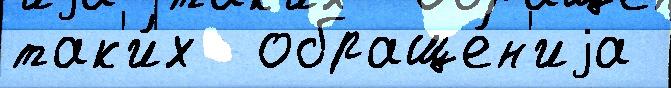
так'и́х  обраще́н'иjа